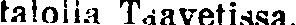
talolla Taavetissa.